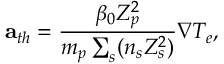
{ \bf { a } } _ { t h } = \frac { \beta _ { 0 } Z _ { p } ^ { 2 } } { m _ { p } \sum _ { s } ( n _ { s } Z _ { s } ^ { 2 } ) } \nabla T _ { e } ,